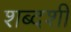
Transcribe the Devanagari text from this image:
शब्दशी